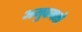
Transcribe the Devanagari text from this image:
अमुकपक्षे